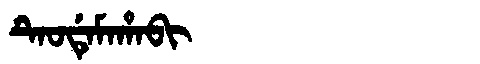
Manchu: ᡨᡝᠣᡩᡝᠮᠠᡥᠠᠪᡳ
Romanization: TEODEMAHABI